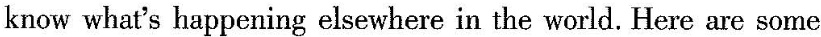
know what's happening elsewhere in the world. Here arc some